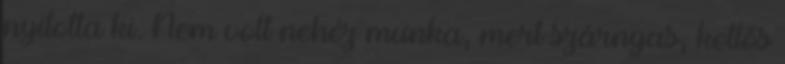
nyitotta ki. Nem volt nehéz munka, mert szárnyas, kettős